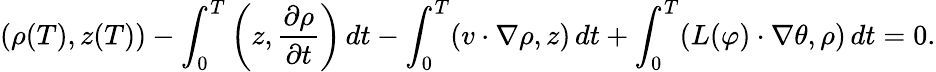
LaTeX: (\rho(T),z(T))-\int_{0}^{T}\left(z,\frac{\partial\rho}{\partial t}\right)\, dt-\int_{0}^{T}(v\cdot\nabla\rho,z)\, dt+\int_{0}^{T}(L(\varphi)\cdot\nabla\theta,\rho)\, dt=0.